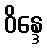
ဝိန္ဒေ